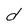
Character: d